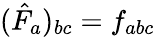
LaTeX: (\hat{F}_{a})_{bc}=f_{abc}